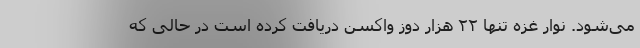
می‌شود. نوار غزه تنها ۲۲ هزار دوز واکسن دریافت کرده است در حالی که